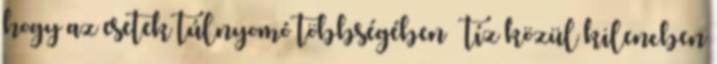
hogy az esetek túlnyomó többségében – tíz közül kilencben